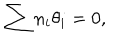
\sum n _ { i } \theta _ { i } = 0 ,